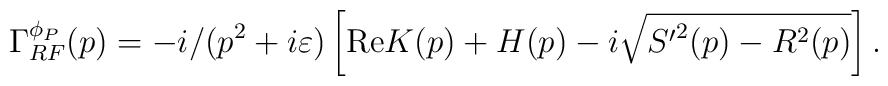
\Gamma_{RF}^{\phi_P}(p)=-i/(p^2+i\varepsilon)\left[{\rm Re}K(p)+H(p)-i\sqrt{{S'}^2(p)-R^2(p)}\right].